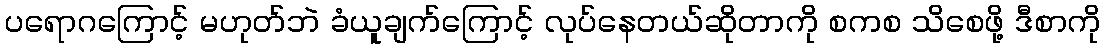
ပရောဂကြောင့် မဟုတ်ဘဲ ခံယူချက်ကြောင့် လုပ်နေတယ်ဆိုတာကို စကစ သိစေဖို့ ဒီစာကို